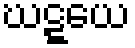
ဃဋ္ဋယေ